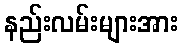
နည်းလမ်းများအား